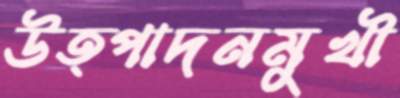
উত্পাদনমুখী